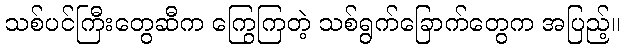
သစ်ပင်ကြီးတွေဆီက ကြွေကြတဲ့ သစ်ရွက်ခြောက်တွေက အပြည့်။